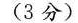
(3分)